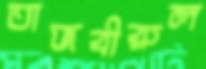
তাজবীরুল